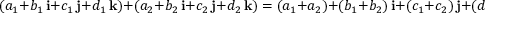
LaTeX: ( a _ { 1 } + b _ { 1 } \, \mathbf { i } + c _ { 1 } \, \mathbf { j } + d _ { 1 } \, \mathbf { k } ) + ( a _ { 2 } + b _ { 2 } \, \mathbf { i } + c _ { 2 } \, \mathbf { j } + d _ { 2 } \, \mathbf { k } ) = ( a _ { 1 } + a _ { 2 } ) + ( b _ { 1 } + b _ { 2 } ) \, \mathbf { i } + ( c _ { 1 } + c _ { 2 } ) \, \mathbf { j } + ( d _ { 1 } + d _ { 2 } ) \, \mathbf { k } \, ,